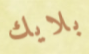
بلايك